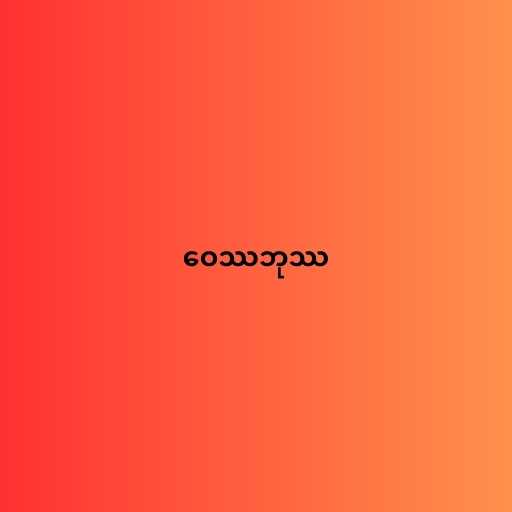
ဝေဿဘုဿ